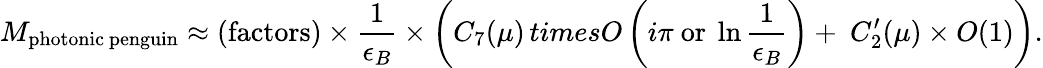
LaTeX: M_{\mathrm{photonic\ penguin}}\approx(\mathrm{factors})\times{\frac{1}{\epsilon_{B}}}\times\left(C_{7}(\mu)\, timesO\left(i\pi\ \mathrm{or}\ \ln{\frac{1}{\epsilon_{B}}}\right)+\ C_{2}^{\prime}(\mu)\times O(1)\right).